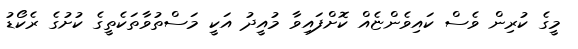
މީގެ ކުރިން ވެސް ކައިވެންޏެއް ކޮށްފައިވާ މުއީދު އަކީ މަސްތުވާތަކެތީގެ ކުށުގެ ރެކޯޑު